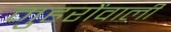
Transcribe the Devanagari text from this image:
मुहरोंवाली